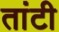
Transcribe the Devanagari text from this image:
तांटी